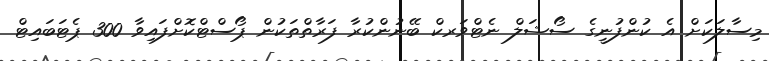
މިސާލަކަށް އެ ކުންފުނީގެ ސޯޝަލް ނެޓްވަރކް ބޭނުންކުރާ ފަރާތްތަކުން ޕޯސްޓްކޮށްފައިވާ 300 ޕެޓަބައިޓް